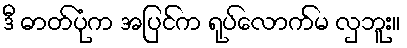
ဒီ ဓာတ်ပုံက အပြင်က ရုပ်လောက်မ လှဘူး။